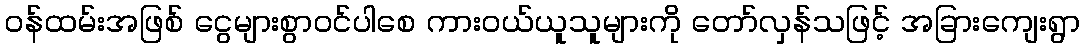
ဝန်ထမ်းအဖြစ် ငွေများစွာဝင်ပါစေ ကားဝယ်ယူသူများကို တော်လှန်သဖြင့် အခြားကျေးရွာ